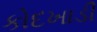
કોદખાડી